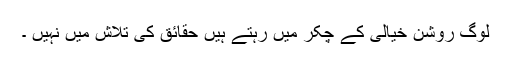
لوگ روشن خيالی کے چکر ميں رہتے ہيں حقائق کی تلاش ميں نہيں ۔